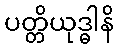
ပတ္တိယုဒ္ဓါနိ